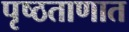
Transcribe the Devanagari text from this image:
पृष्ठताणात